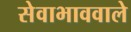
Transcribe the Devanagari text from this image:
सेवाभाववाले